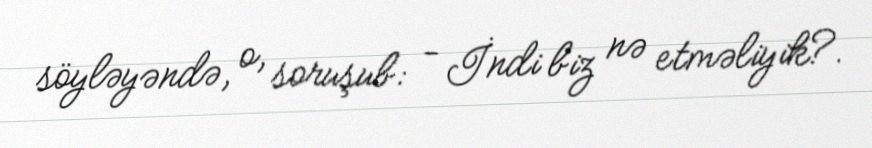
söyləyəndə, o, soruşub: - İndi biz nə etməliyik?.